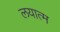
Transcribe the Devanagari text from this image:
लयात्म